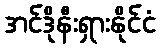
အင်ဒိုနီးရှားနိုင်ငံ